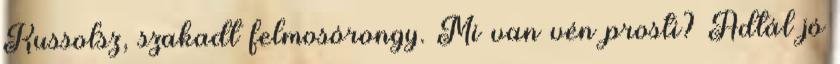
Kussolsz, szakadt felmosórongy. Mi van vén prosti? Adtál jó